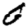
Digit: 0